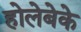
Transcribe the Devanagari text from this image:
होलेबेके